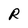
Character: R